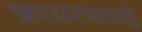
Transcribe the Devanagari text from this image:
फ़ायरफ्लाई